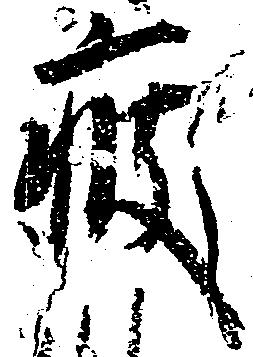
疲